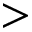
>